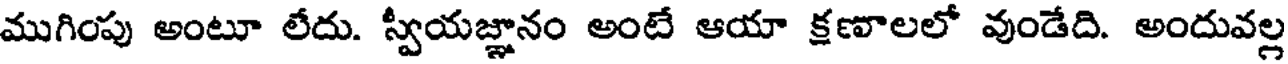
ముగింపు అంటూ లేదు. స్వీయజ్ఞానం అంటే ఆయా క్షణాలలో వుండేది. అందువల్ల